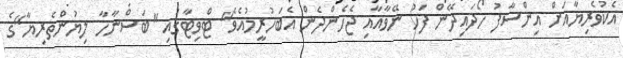
އެކުވެރިޔާއަށް އިންސާފު ހޯދައިދޭން ފަހު ނޭވާއާއި ޖެހެންދެން އެބަހުރީމުއެވެ" ޓްވިޓާގައި "ބަސްނާހާ ލިޔުންތެރިޔާ"ގެ